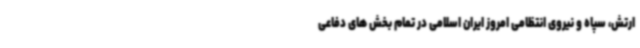
ارتش، سپاه و نیروی انتظامی امروز ایران اسلامی در تمام بخش های دفاعی